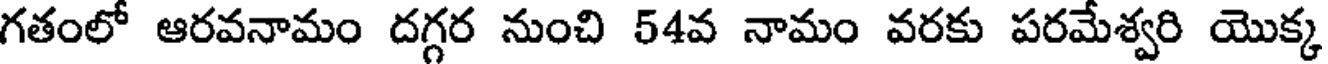
గతంలో ఆరవనామం దగ్గర నుంచి 54వ నామం వరకు పరమేశ్వరి యొక్క